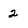
Character: 2